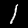
Label: 1